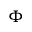
\Phi